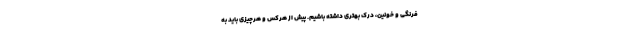
فرنگی و خونین، درک بهتری داشته باشیم. پیش از هرکس و هرچیزی باید به